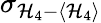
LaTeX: \sigma_{\mathcal{H}_{4}-\left<\mathcal{H}_{4}\right>}